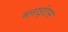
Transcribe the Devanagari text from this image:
ब्लाइंटस